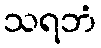
သရဘံ